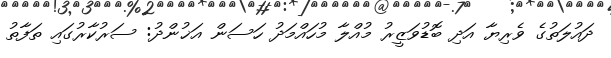
ދައުލަތުގެ ވެރިޔާ އަދި ބޮޑުވަޒީރު މުއްލާ މުހައްމަދު ހަސަން އަޚުންދު: ސަރުކާރުގައި ތަފާތު